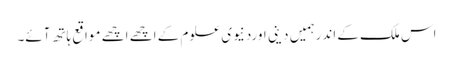
اس ملک کے اندرہمیں دینی اوردنیوی علوم کے اچھے اچھے مواقع ہاتھ آئے۔